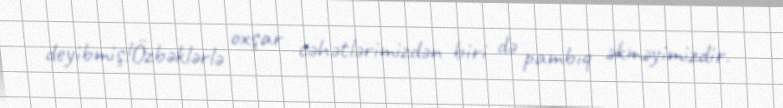
deyibmiş!Özbəklərlə oxşar cəhətlərimizdən biri də pambıq əkməyimizdir.